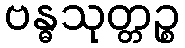
ဗန္ဓသုတ္တဉ္စ